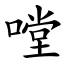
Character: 嘡